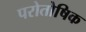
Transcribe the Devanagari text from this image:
परोतोषिक